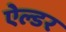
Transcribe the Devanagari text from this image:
ऐल्डर